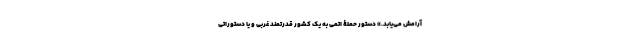
آرامش می‌یابد.» دستور حملۀ اتمی به یک کشور قدرتمند غربی و یا دستوراتی